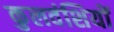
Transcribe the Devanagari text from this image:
कुलवंशियों